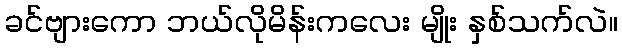
ခင်ဗျားကော ဘယ်လိုမိန်းကလေး မျိုး နှစ်သက်လဲ။